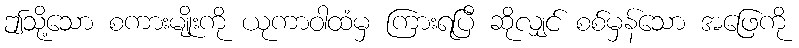
ဤသို့သော စကားမျိုးကို ယုကာဝါထံမှ ကြားရပြီ ဆိုလျှင် စစ်မှန်သော အဖြေကို